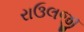
રાઉલજી